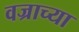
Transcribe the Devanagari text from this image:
वज्राच्या